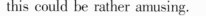
this could be rather amusing.